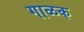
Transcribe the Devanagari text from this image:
गाळक